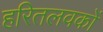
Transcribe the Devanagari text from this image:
हरितलवकों